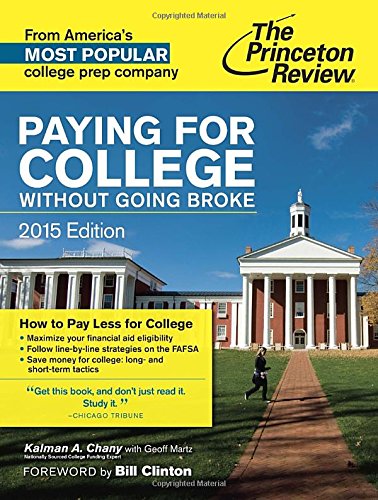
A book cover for Paying for College Without Going Broke, 2015 Edition (College Admissions Guides); Princeton Review; Test Preparation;